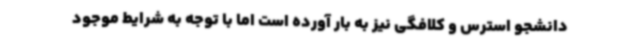
دانشجو استرس و کلافگی نیز به بار آورده است اما با توجه به شرایط موجود